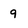
Character: 9